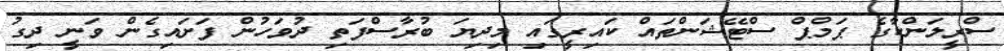
ސްރީލަންކާގެ ޕަމްޕް ސްޓޭޝަންތައް ކައިރީގައި މިދިޔަ ބުރާސްފަތި ދުވަހުން ފަށައިގެން ވަނީ ދިގު